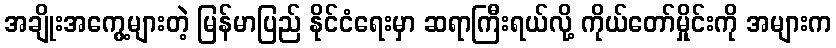
အချိုးအကွေ့များတဲ့ မြန်မာပြည် နိုင်ငံရေးမှာ ဆရာကြီးရယ်လို့ ကိုယ်တော်မှိုင်းကို အများက